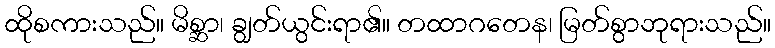
ထိုစကားသည်။ မိစ္ဆာ၊ ချွတ်ယွင်းရာ၏။ တထာဂတေန၊ မြတ်စွာဘုရားသည်။